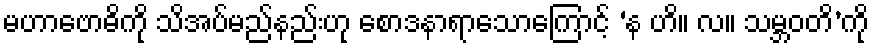
မဟာဗောဓိကို သိအပ်မည်နည်းဟု စောဒနာရာသောကြောင့် ‘န ဟိ။ လ။ သမ္ဘဝတိ’ကို